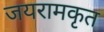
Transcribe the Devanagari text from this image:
जयरामकृत